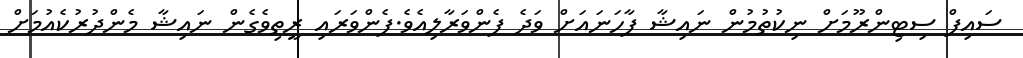
ސައިފް ސިޓިންރޫމަށް ނިކުތުމުން ނައިޝާ ފާހަނައަށް ވަދެ ފެންވަރާލިއެވެ.ފެންވަރައި ރީތިވެގެން ނައިޝާ މެންދުރުކެއުމަށް